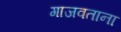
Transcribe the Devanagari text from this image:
गाजवताना